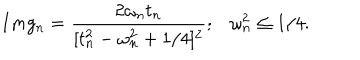
I m g _ { n } = \frac { 2 \omega _ { n } t _ { n } } { [ t _ { n } ^ { 2 } - \omega _ { n } ^ { 2 } + 1 / 4 ] ^ { 2 } } ; \omega _ { n } ^ { 2 } \leq 1 / 4 .